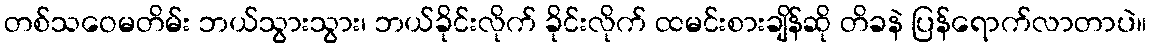
တစ်သဝေမတိမ်း ဘယ်သွားသွား၊ ဘယ်ခိုင်းလိုက် ခိုင်းလိုက် ထမင်းစားချိန်ဆို တိခနဲ ပြန်ရောက်လာတာပဲ။